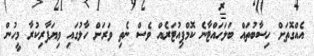
އެއްގޮތަށް ހިސާބުތައް ބަލަހައްޓާނެ ކޮމްޕިއުޓަރެއް ވެސް ނެތި ވަރަށް ހާލުގައި ވިޔަފާރިކުރާ މީހުން